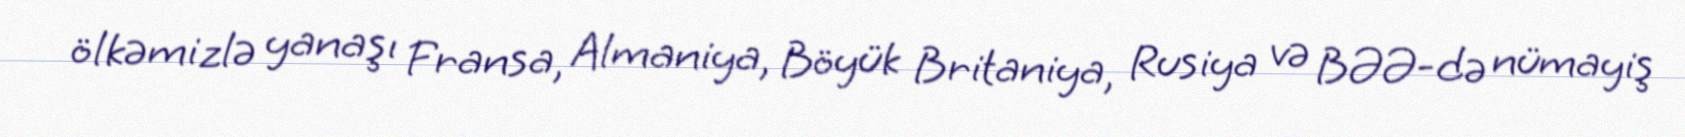
ölkəmizlə yanaşı Fransa, Almaniya, Böyük Britaniya, Rusiya və BƏƏ-də nümayiş